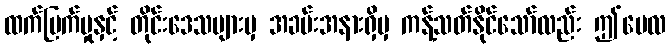
ထက်မြက်မှုနှင့် တိုင်းဒေသများမှ အခမ်းအနားရှိမှ ကန့်သတ်နိုင်သော်လည်း ဤမေလ